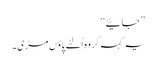
’’جائیے‘‘
یہ کہہ کر وہ اُلٹے پاؤں مڑی۔